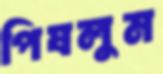
পিষলুম